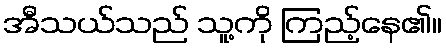
အီသယ်သည် သူ့ကို ကြည့်နေ၏။